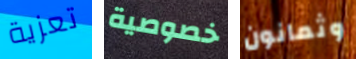
تعزية خصوصية وثمانون